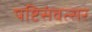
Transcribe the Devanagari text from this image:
षष्टिसंवत्सर